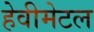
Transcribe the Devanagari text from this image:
हेवीमेटल